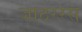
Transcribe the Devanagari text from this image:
जाठररस